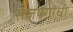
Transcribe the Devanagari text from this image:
संजयगांधी